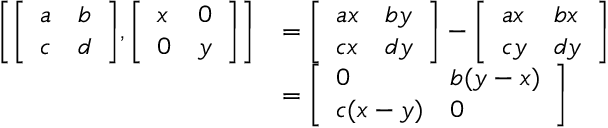
{ \begin{array} { r l } { \left[ { \left[ \begin{array} { l l } { a } & { b } \\ { c } & { d } \end{array} \right] } , { \left[ \begin{array} { l l } { x } & { 0 } \\ { 0 } & { y } \end{array} \right] } \right] } & { = { \left[ \begin{array} { l l } { a x } & { b y } \\ { c x } & { d y } \end{array} \right] } - { \left[ \begin{array} { l l } { a x } & { b x } \\ { c y } & { d y } \end{array} \right] } } \\ & { = { \left[ \begin{array} { l l } { 0 } & { b ( y - x ) } \\ { c ( x - y ) } & { 0 } \end{array} \right] } } \end{array} }